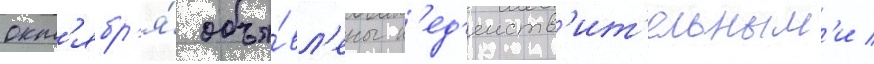
окт'ябр'я́ объя́вл'ены н'ед'еиств'ит'ельным'и /